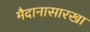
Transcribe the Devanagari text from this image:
मैदानासारखा